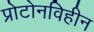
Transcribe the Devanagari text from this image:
प्रोटोनविहीन